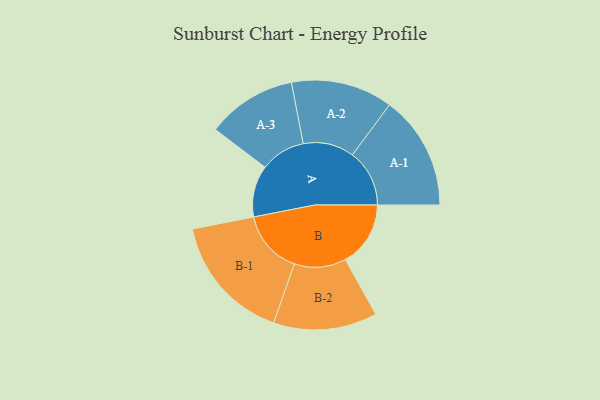
{"axis": {"x": "Segment", "y": "Value"}, "legend": ["", "A", "B"], "data": [{"x": "A", "y": 224, "type": ""}, {"x": "B", "y": 283, "type": ""}, {"x": "A-1", "y": 248, "type": "A"}, {"x": "A-2", "y": 221, "type": "A"}, {"x": "A-3", "y": 195, "type": "A"}, {"x": "B-1", "y": 277, "type": "B"}, {"x": "B-2", "y": 225, "type": "B"}]}